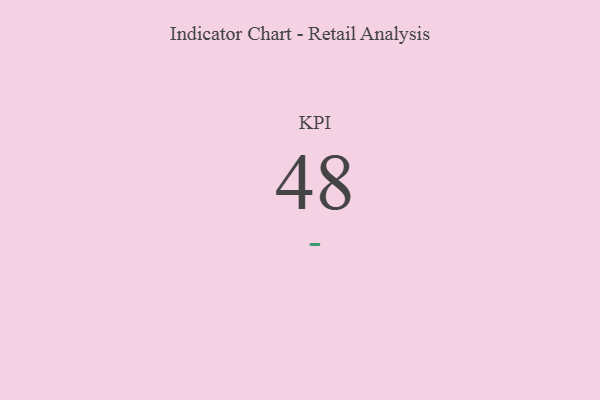
{"axis": {"x": "KPI", "y": "Value"}, "legend": [""], "data": [{"x": "KPI", "y": 48, "type": ""}]}